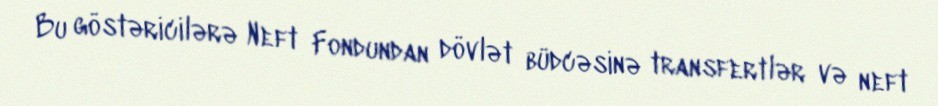
Bu göstəricilərə Neft Fondundan dövlət büdcəsinə transfertlər və neft